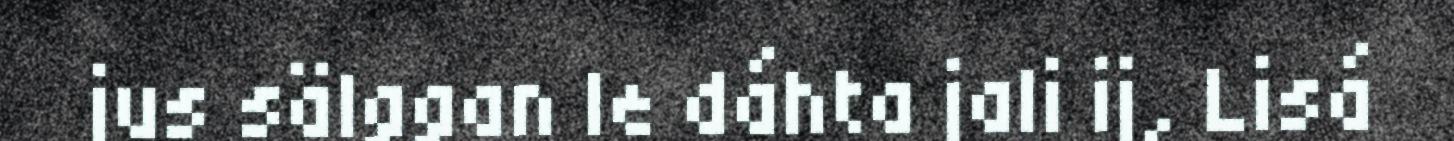
jus sälggan le dáhta jali ij, Lisá